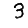
Digit: 3